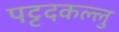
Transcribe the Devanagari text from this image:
पट्टदकल्लु